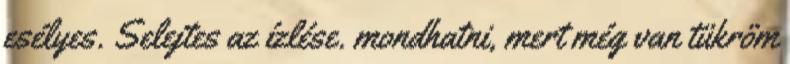
esélyes. Selejtes az ízlése. mondhatni, mert még van tükröm